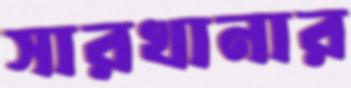
সারখানার